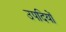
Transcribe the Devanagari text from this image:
उपदियों